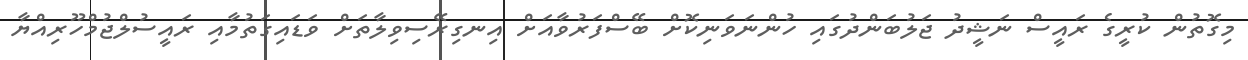
މިގޮތުން ކުރީގެ ރައީސް ނަޝީދު ޖަލުބަންދުގައި ހުންނަވަނިކޮށް ބޭސްފަރުވާއަށް އިނގިރޭސިވިލާތަށް ވަޑައިގަތުމާއި ރައީސުލްޖުމްހޫރިއްޔާ